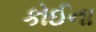
કોઈના